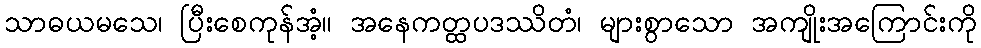
သာဓယမသေ၊ ပြီးစေကုန်အံ့။ အနေကတ္ထပဒဿိတံ၊ များစွာသော အကျိုးအကြောင်းကို